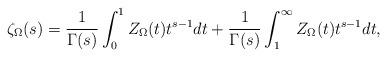
LaTeX: \begin{align*} \zeta_{\Omega} (s)= {1\over \Gamma(s)} \int_{0}^{1} Z_{\Omega}(t) t^{s-1}dt + {1\over \Gamma(s)}\int_{1}^{\infty} Z_{\Omega}(t) t^{s-1}dt, \end{align*}